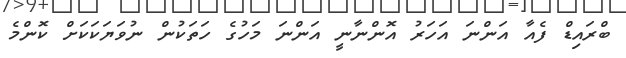
ބްރައިޑް ފެއާ އަންނަ އަހަރު އޮންނާނީ އަންނަ މަހުގެ ހަތަކުން ނުވަޔަކަކަށް ކޮންމެ